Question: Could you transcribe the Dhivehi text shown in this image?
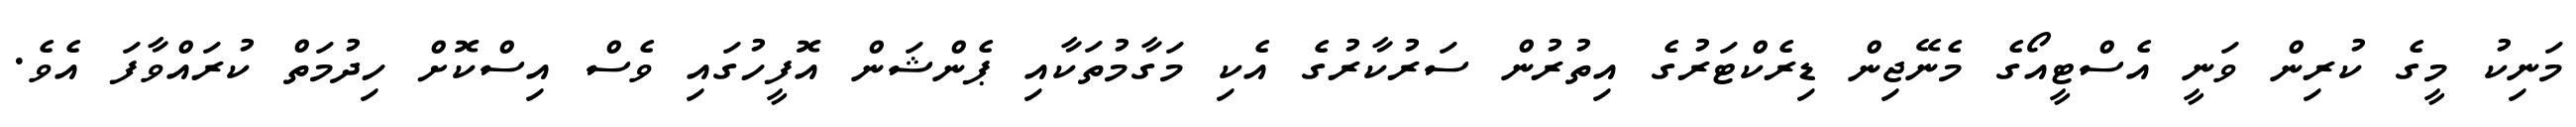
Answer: މަނިކު މީގެ ކުރިން ވަނީ އެސްޓީއޯގެ މެނޭޖިން ޑިރެކްޓަރުގެ އިތުރުން ސަރުކާރުގެ އެކި މަގާމުތަކާއި ޕެންޝަން އޮފީހުގައި ވެސް އިސްކޮށް ހިދުމަތް ކުރައްވާފަ އެވެ.